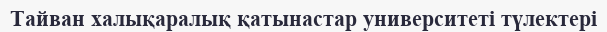
Тайван халықаралық қатынастар университеті түлектері